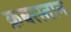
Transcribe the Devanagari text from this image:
क़बरस्तान